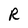
Character: R